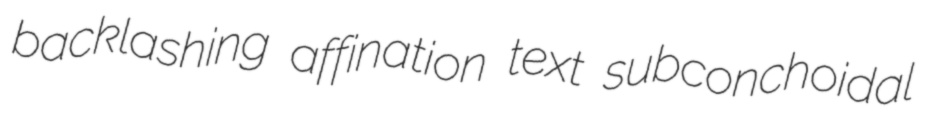
backlashing affination text subconchoidal